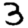
Digit: 3